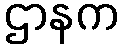
ဌာနက